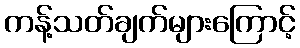
ကန့်သတ်ချက်များကြောင့်